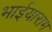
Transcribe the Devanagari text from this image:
भाईयाराम